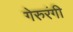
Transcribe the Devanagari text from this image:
गेरुरंगी